Report on vaccination in Madras 1895-1903 - 1895-1903
Year: 1895
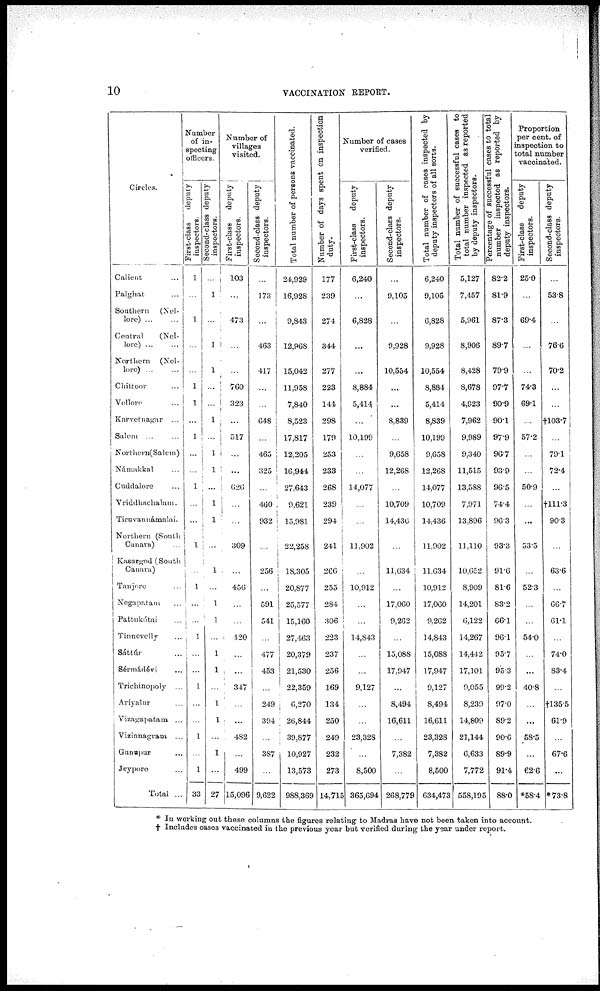
10
VACCINATION REPORT.
Circles.
Calicut ...
Palghat ...
Southern (Nel.
lore) ... ...
Central
(Nel-
lore) ... ...
Northern (Nel-
lore) ... ...
Chittoor ...
Vollore ...
Karvetnagar ...
Salem ... ...
Northern(Salem)
Námakkal ...
Cuddalore ...
Vriddhachalam.
Tiruvannámalai.
Northern (South
Canara) ...
Kasargod (South
Canara)
Tanjore ...
Nogapatam ...
Pattukótai ...
Tinnevelly ...
Sáttúr ...
Sérmádévi ...
Trichinopoly ...
Ariyalur ...
Vizagapatam ...
Vizianagram ...
Gunapur ...
Jeypore ...
Total ...
Number
of in-
specting
officers.
First-class
deputy
inspectors.
1
...
1
...
...
1
1
...
1
...
...
1
...
...
1
...
1
...
...
1
1
...
1
...
...
1
...
1
33
Second-class deputy
inspectors.
...
1
...
1
1
...
...
1
...
1
1
...
1
1
...
1
...
1
1
...
1
1
...
1
1
...
1
...
27
Number of
villages
visited.
First-class
deputy
inspectors.
103
...
473
...
...
760
323
...
517
...
...
626
...
...
309
...
456
...
...
420
...
...
347
...
...
482
...
499
15,096
Second-class deputy
inspectors.
...
173
...
463
417
...
...
648
...
465
325
...
460
932
...
256
...
591
541
...
477
453
...
249
394
...
387
...
9,622
Total number of persons vaccinated.
24,929
16,928
9,843
12,968
15,042
11,958
7,840
8,523
17,817
12,205
16,944
27,643
9,621
15,981
22,258
18,305
20,877
25,577
15,160
27,463
20,379
21,530
22,359
6,270
26,844
39,877
10,927
13,573
988,369
Number of days spent on inspection
duty.
177
239
274
344
277
223
144
298
179
253
233
268
239
294
241
266
255
284
306
223
237
256
169
134
250
249
232
273
14,715
Number of cases
verified.
First-class deputy
inspectors.
6,240
...
6,828
...
...
8,884
5,414
...
10,199
...
...
14,077
...
...
11,902
...
10,912
...
...
14,843
...
...
9,127
...
...
23,328
...
8,500
365,694
Second-class deputy
inspectors.
...
9,105
...
9,928
10,554
...
...
8,839
...
9,658
12,268
...
10,709
14,436
...
11,634
...
17,060
9,262
...
15,088
17,947
...
8,494
16,611
...
7,382
...
268,779
Total number of cases inspected by
deputy inspectors of all sorts.
6,240
9,105
6,828
9,928
10,554
8,884
5,414
8,839
10,199
9,658
12,268
14,077
10,709
14,436
11,902
11,634
10,912
17,060
9,262
14,843
15,088
17,947
9,127
8,494
16,611
23,328
7,382
8,500
634,473
Total number of successful cases to
total number inspected as reported
by deputy inspectors.
5,127
7,457
5,961
8,906
8,428
8,678
4,923
7,962
9,989
9,340
11,515
13,588
7,971
13,896
11,110
10,652
8,909
14,201
6,122
14,267
14,442
17,101
9,055
8,239
14,809
21,144
6,633
7,772
558,195
Percentage of successful cases to total
number inspected as reported by
deputy inspectors.
82.2
81.9
87.3
89.7
79.9
97.7
90.9
90.1
97.9
96.7
93.9
96.5
74.4
96.3
93.3
91.6
81.6
83.2
66.1
96.1
95.7
95.3
99.2
97.0
89.2
90.6
89.9
91.4
88.0
Proportion
per cent. of
inspection to
total number
vaccinated.
First-class
deputy
inspectors.
25.0
...
69.4
...
...
74.3
69.1
...
57.2
...
...
50.9
...
...
53.5
...
52.3
...
...
54.0
...
...
40.8
...
...
58.5
...
62.6
*58.4
Second-class deputy
inspectors.
...
53.8
...
76.6
70.2
...
...
†103.7
...
79.1
72.4
...
†111.3
90.3
...
63.6
...
66.7
61.1
...
74.0
83.4
...
†135.5
61.9
...
67.6
...
*73.8
* In working out these columns the figures relating to Madras have not been taken into account.
† Includes cases vaccinated in the previous year but verified during the year under report.